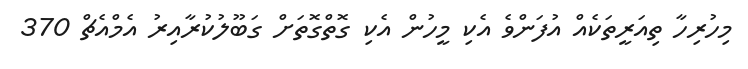
މިހުރިހާ ތިއަރީތަކެއް އުފަންވެ އެކި މީހުން އެކި ގޮތްގޮތަށް ގަބޫލުކުރާއިރު އެމްއެޗް 370